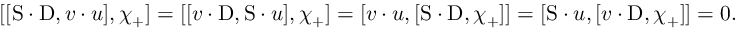
[ [ \mathrm { S } \cdot \mathrm { D } , v \cdot u ] , \chi _ { + } ] = [ [ v \cdot \mathrm { D } , \mathrm { S } \cdot u ] , \chi _ { + } ] = [ v \cdot u , [ \mathrm { S } \cdot \mathrm { D } , \chi _ { + } ] ] = [ \mathrm { S } \cdot u , [ v \cdot \mathrm { D } , \chi _ { + } ] ] = 0 .